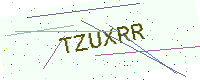
Text: TZUXRR